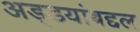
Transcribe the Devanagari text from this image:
अड्डयांबद्दल